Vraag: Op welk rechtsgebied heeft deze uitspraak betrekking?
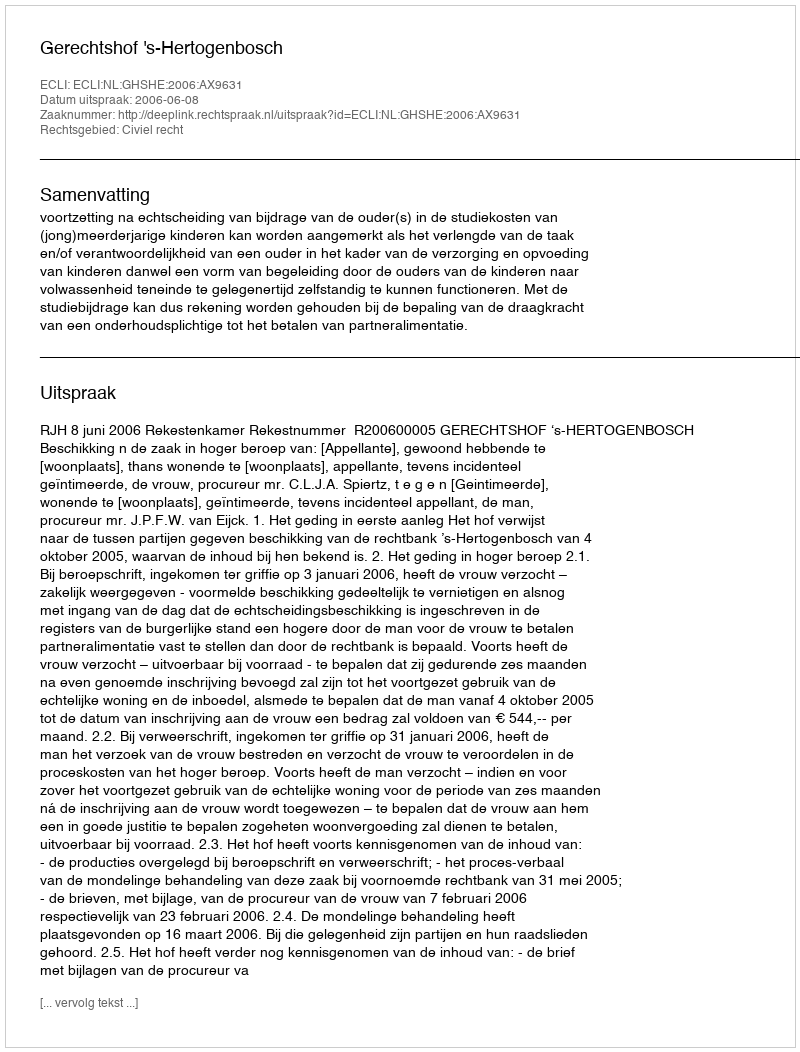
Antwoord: Civiel recht